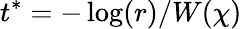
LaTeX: t^{\ast}=-\log(r)/W(\chi)